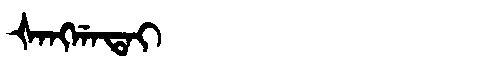
Manchu: ᡧᠠᠩᡤᠠᡨᠠᡳ
Romanization: ŠANGGATAI